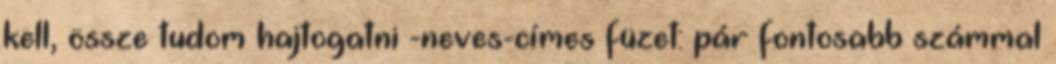
kell, össze tudom hajtogatni -neves-címes füzet: pár fontosabb számmal